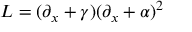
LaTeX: L = ( \partial _ { x } + \gamma ) ( \partial _ { x } + \alpha ) ^ { 2 }